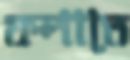
ফলাতে